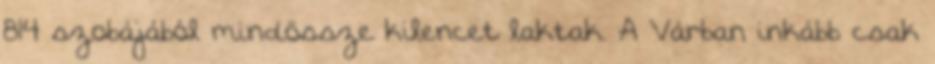
814 szobájából mindössze kilencet laktak. A Várban inkább csak